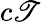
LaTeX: c\mathscr{T}